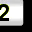
Digit: 2